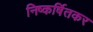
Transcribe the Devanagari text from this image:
निष्कर्षितकर